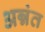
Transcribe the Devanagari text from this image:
अन्नंत